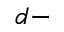
d -